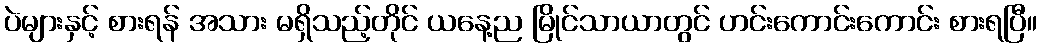
ပဲများနှင့် စားရန် အသား မရှိသည့်တိုင် ယနေ့ည မြိုင်သာယာတွင် ဟင်းကောင်းကောင်း စားရပြီ။